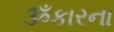
ૐકારના